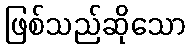
ဖြစ်သည်ဆိုသော